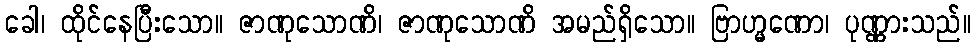
ခေါ၊ ထိုင်နေပြီးသော။ ဇာဏုသောဏိ၊ ဇာဏုသောဏိ အမည်ရှိသော။ ဗြာဟ္မဏော၊ ပုဏ္ဏားသည်။